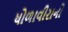
ધોળાવીરાનો